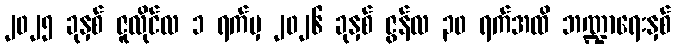
၂၀၂၅ ခုနှစ် ဇူလိုင်လ ၁ ရက်မှ ၂၀၂၆ ခုနှစ် ဇွန်လ ၃၀ ရက်အထိ ဘဏ္ဍာရေးနှစ်